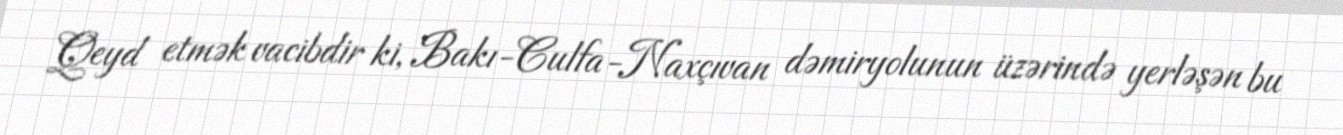
Qeyd etmək vacibdir ki, Bakı-Culfa-Naxçıvan dəmiryolunun üzərində yerləşən bu